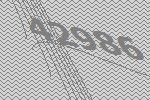
42986